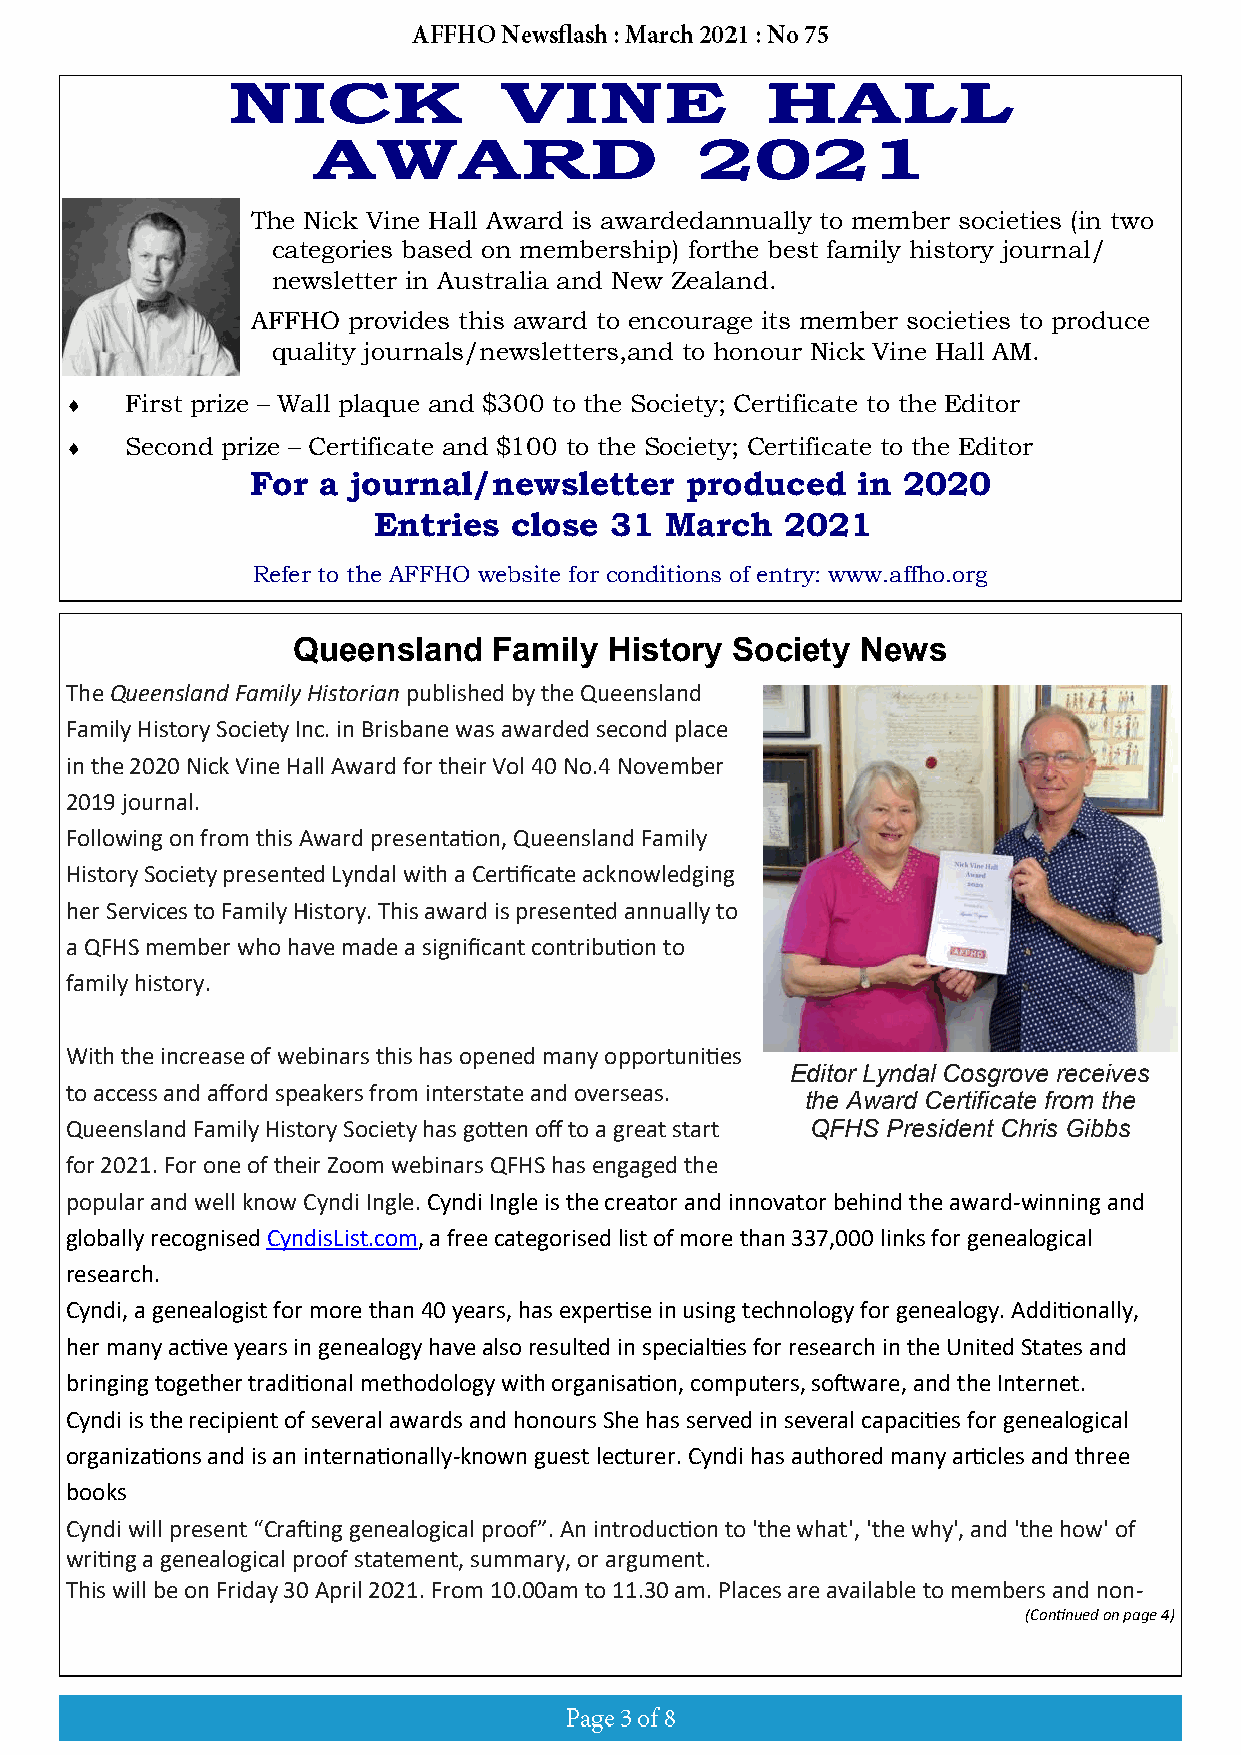
The Nick Vine Hall Award is awarded annually to member societies (in two
 categories based on membership) for the best family history journal/
 newsletter in Australia and New Zealand.
 AFFHO provides this award to encourage its member societies to produce
 quality journals/newsletters, and to honour Nick Vine Hall AM.
    First prize – Wall plaque and $300 to the Society; Certificate to the Editor
    Second prize – Certificate and $100 to the Society; Certificate to the Editor
 For a journal/newsletter    produced    in 2020
 Entries  close 31  March   2021
 Refer to the AFFHO website for conditions of entry: www.affho.org
 Queensland    Family History Society  News
 The Queensland Family Historian published by the Queensland
 Family History Society Inc. in Brisbane was awarded second place
 in the 2020 Nick Vine Hall Award for their Vol 40 No.4 November
 2019 journal.
 Following on from this Award presentation, Queensland Family
 History Society presented Lyndal with a Certificate acknowledging
 her Services to Family History. This award is presented annually to
 a QFHS member who have made a significant contribution to
 family history.
 With the increase of webinars this has opened many opportunities
 Editor Lyndal Cosgrove receives
 to access and afford speakers from interstate and overseas.
 the Award Certificate from the
 Queensland Family History Society has gotten off to a great start QFHS President Chris Gibbs
 for 2021. For one of their Zoom webinars QFHS has engaged the
 popular and well know Cyndi Ingle. Cyndi Ingle is the creator and innovator behind the award-winning and
 globally recognised CyndisList.com, a free categorised list of more than 337,000 links for genealogical
 research.
 Cyndi, a genealogist for more than 40 years, has expertise in using technology for genealogy. Additionally,
 her many active years in genealogy have also resulted in specialties for research in the United States and
 bringing together traditional methodology with organisation, computers, software, and the Internet.
 Cyndi is the recipient of several awards and honours She has served in several capacities for genealogical
 organizations and is an internationally-known guest lecturer. Cyndi has authored many articles and three
 books
 Cyndi will present “Crafting genealogical proof”. An introduction to 'the what', 'the why', and 'the how' of
 writing a genealogical proof statement, summary, or argument.
 This will be on Friday 30 April 2021. From 10.00am to 11.30 am. Places are available to members and non-
 (Continued on page 4)